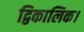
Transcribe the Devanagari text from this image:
द्विकालिक।